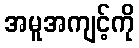
အမူအကျင့်ကို